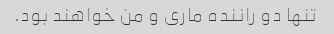
تنها دو راننده ماری و من خواهند بود.